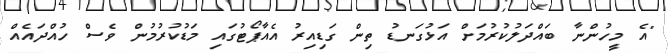
"އެ މީހުންނާ ބައްދަލުކުރުމަށް އަޅުގަނޑު ތިން ގަޑިއިރު އެއާޕޯޓުގައި މަޑުކުރުމުން ވެސް ހުއްދައެއް